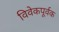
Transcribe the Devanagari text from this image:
विवेकपूर्वक